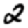
Digit: 2